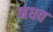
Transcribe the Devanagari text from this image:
मधव